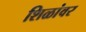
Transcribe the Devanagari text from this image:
शिळांवर